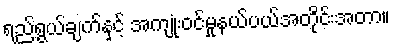
ရည်ရွယ်ချက်နှင့် အကျုံးဝင်မှုနယ်ပယ်အတိုင်းအတာ။